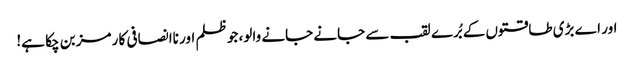
اور اے بڑی طاقتوں کے بُرے لقب سے جانے جانے والو، جو ظلم اور ناانصافی کا رمز بن چکا ہے!